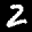
Label: 2